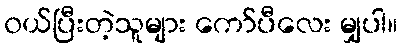
၀ယ်ပြီးတဲ့သူများ ကော်ပီလေး မျှပါ။